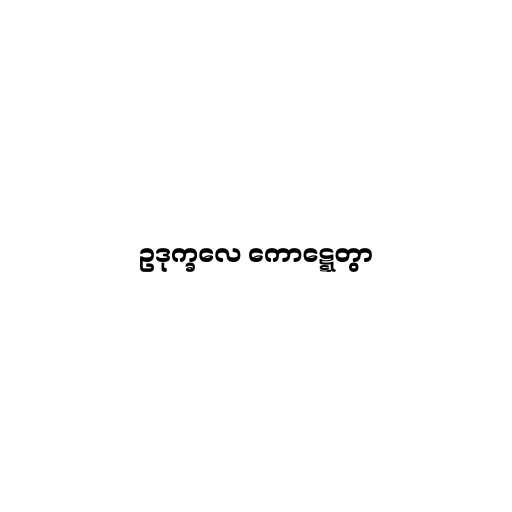
ဥဒုက္ခလေ ကောဋ္ဋေတွာ